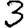
Digit: 3